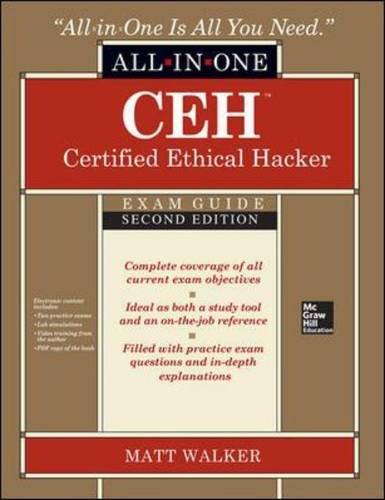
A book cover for CEH Certified Ethical Hacker All-in-One Exam Guide, Second Edition; Matt Walker; Computers & Technology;